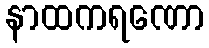
နာထကရဏော